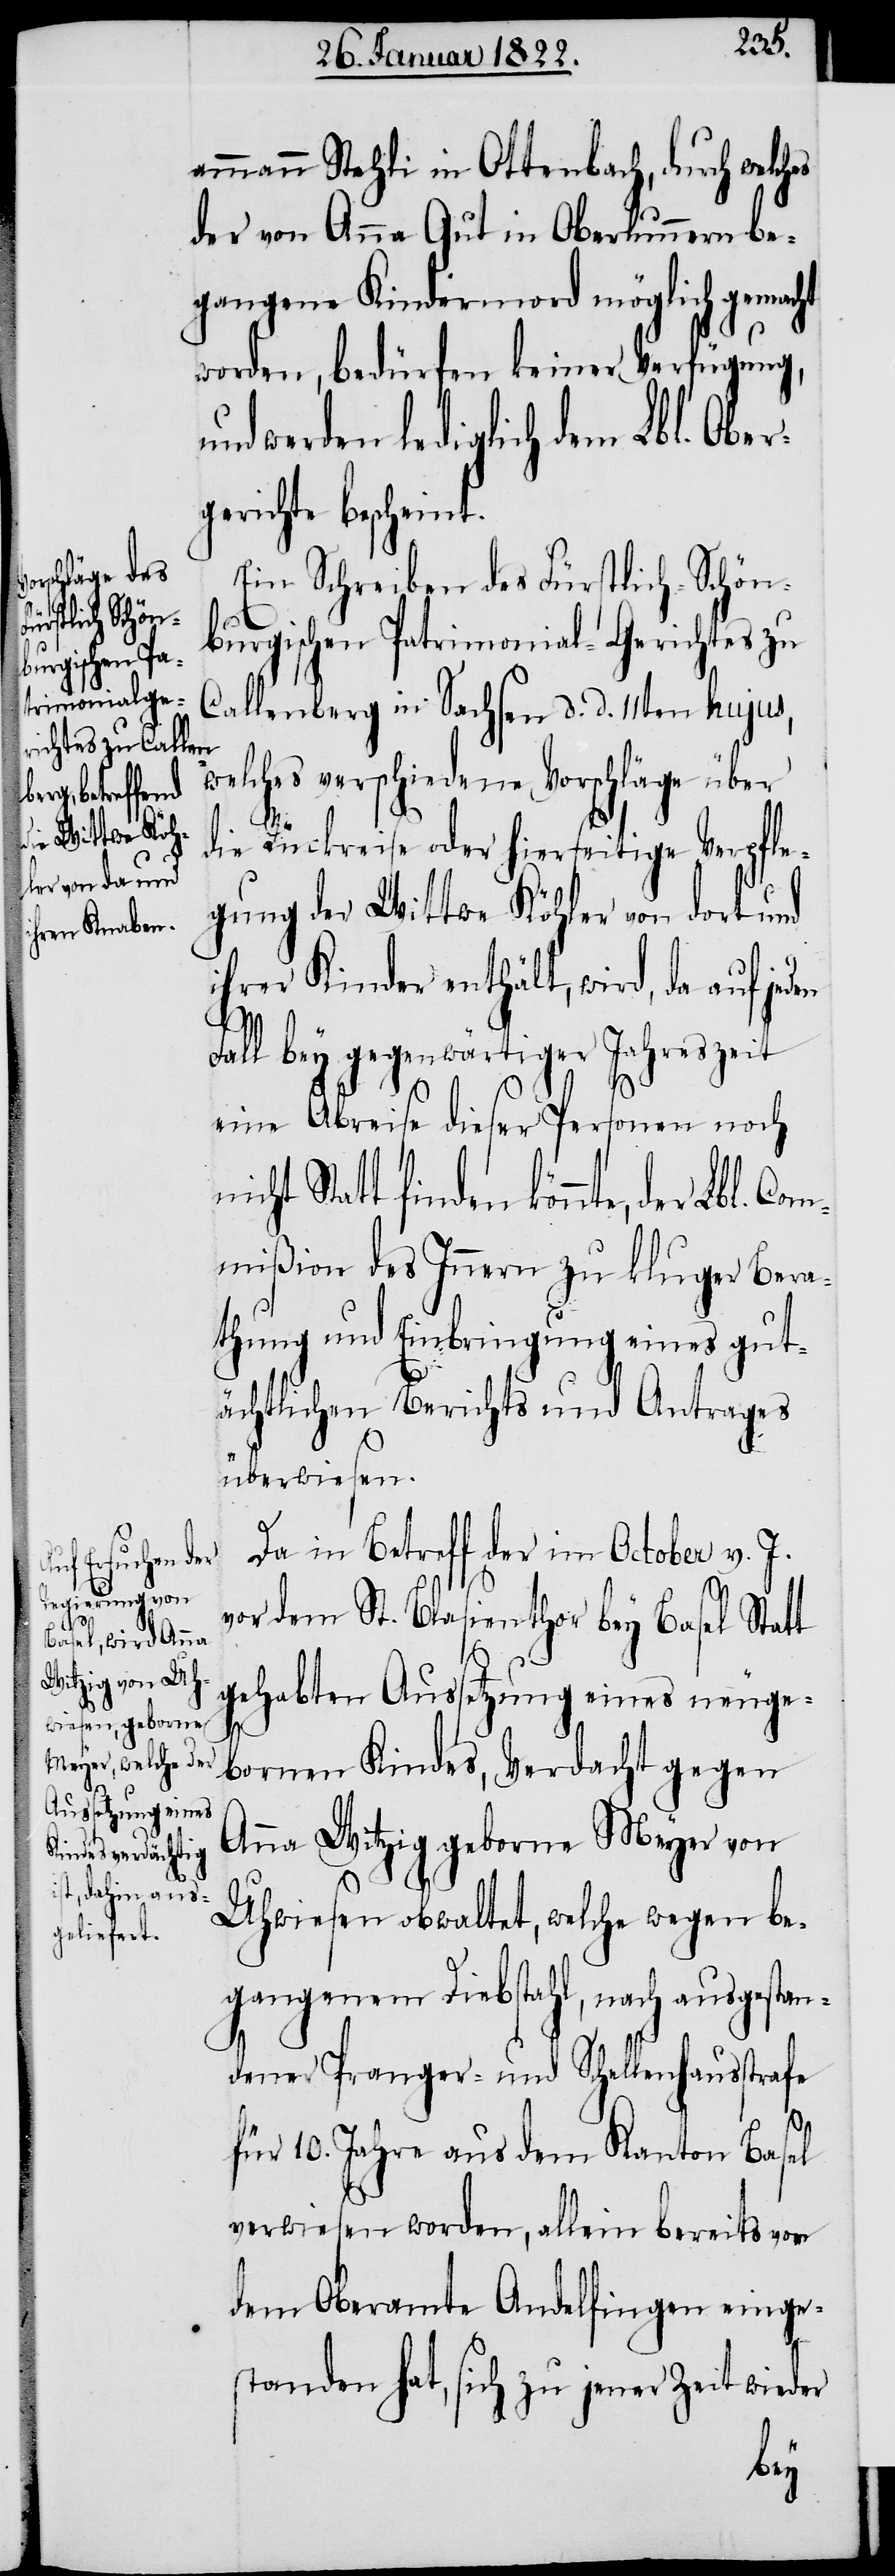
ammann Stehli in Ottenbach, durch welch¬
der von Anna gut in Oberlunnern be¬
gangene Kindermord möglich gemacht
worden, bedürfen keiner Verfügung
und werden lediglich dem Lbl. Ober¬
gerichte bescheint.
Ein Schreiben des Fürstlich-Schön¬
burgischen Patrimonial-Gerichtes zu
Callenberg in Sachsen d. d. 11ten hujus,
welches verschiedene Vorschläge über
n¬
die Rückreise oder hierseitige Verpfle¬
gung der Wittwe Köhler von dort und
ihrer Kinder enthält, wird da auf jeden
Fall bey gegenwärtiger Jahreszeit
eine Abreise dieser Personen noch
nte, der Lbl. Com¬
mißion des Innern zu kluger Bera¬
thung und Einbringung eines gut¬
ächtlichen Berichts und Antrages
überwiesen.
Da in Betreff der im October v. J.
vor dem St. Blasienthor bey Basel Statt
gehabten Aussetzung eines neuge¬
bornen Kindes, Verdacht gegen
Anna Witzig geborne Meyer von
Uhwiesen obwaltet, welche wegen be¬
gangenem Diebstahl, nach ausgestan¬
dener Pranger- und Schellenhausstrafe
für 10. Jahre aus dem Kanton Basel
verwiesen worden, allein bereits von
dem Oberamte Andelfingen einge¬
standen hat, sich zu jener Zeit wieder